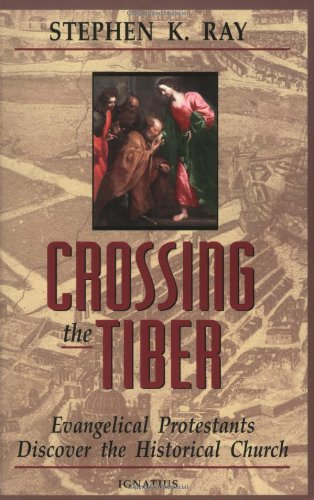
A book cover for Crossing the Tiber: Evangelical Protestants Discover the Historical Church; Steve Ray; Reference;